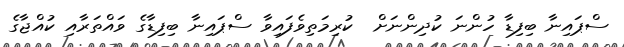
ސްޕައިނާ ބިފިޑާ ހުންނަ ކުދިންނަށް  ކުރިމަތިވެފައިވާ ސްޕައިނާ ބިފިޑާގެ ވައްތަރާއި ކުއްޖާގެ